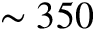
\sim 3 5 0